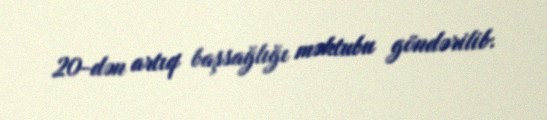
20-dən artıq başsağlığı məktubu göndərilib.